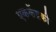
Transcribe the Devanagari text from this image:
एककेंद्रकी